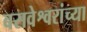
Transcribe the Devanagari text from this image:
बसवेश्वरांच्या